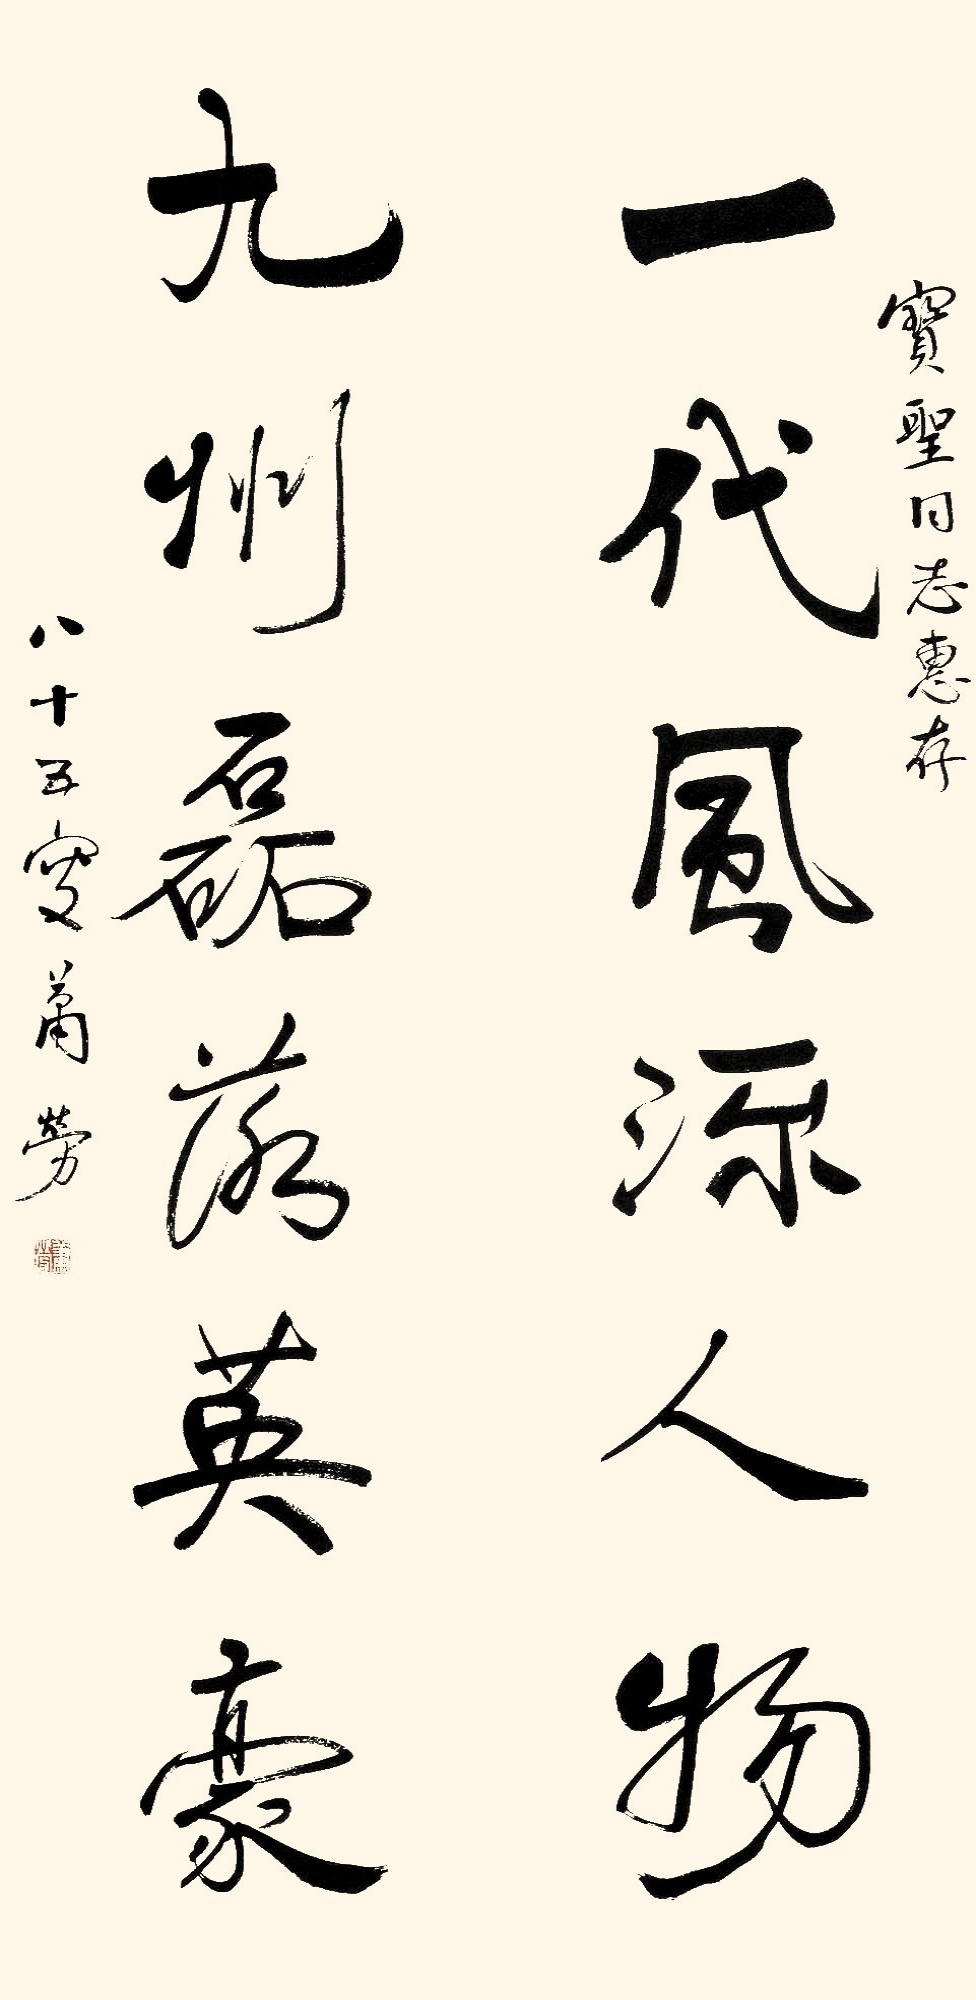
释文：一代风流人物，九州磊落英豪。宝圣同志惠存，八十五叟萧劳。